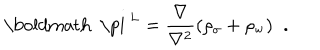
LaTeX: \mathrm { \boldmath ~ \ p i ~ } ^ { L } = \frac { \bf \nabla \mathrm { } } { \bf \nabla \mathrm { ^ 2 } } ( \rho _ { \sigma } + \rho _ { \mathrm { w } } ) \; \; .